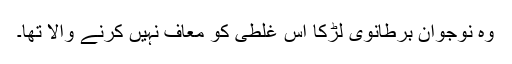
وہ نوجوان برطانوی لڑکا اس غلطی کو معاف نہیں کرنے والا تھا۔